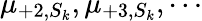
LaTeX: \mu_{+2,S_{k}},\mu_{+3,S_{k}},\cdots